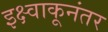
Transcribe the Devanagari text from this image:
इक्ष्वाकूनंतर